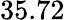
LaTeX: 35.72